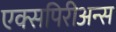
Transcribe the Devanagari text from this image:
एक्सपिरीअन्स